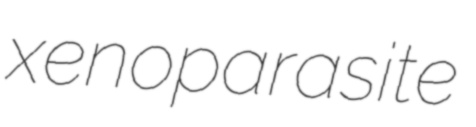
xenoparasite